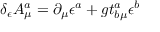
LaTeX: \delta _ { \epsilon } A _ { \mu } ^ { a } = \partial _ { \mu } \epsilon ^ { a } + g t _ { b \mu } ^ { a } \epsilon ^ { b }